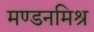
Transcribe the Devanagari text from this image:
मण्डनमिश्र